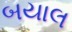
બયાલ